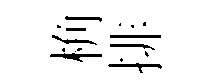
桷排